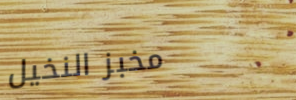
مخبز النخيل